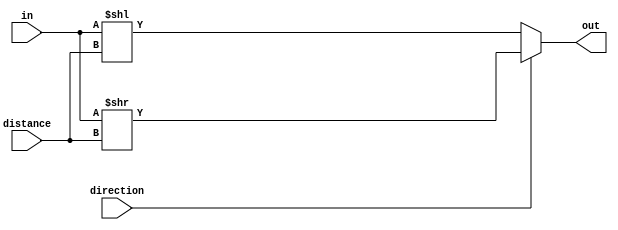
module shifter #(parameter WIDTH=5) 
(
    input  wire [WIDTH-1:0] in,
    input  wire  direction,
    input  wire [2:0] distance,
    output wire [WIDTH-1:0] out
);

	// Declarations
    wire[WIDTH-1:0] rot_left, rot_right;

	   // right rotation - >> shift
      assign rot_right = in >> distance; 
               
	   // left rotation  - << shift
	   assign rot_left = in << distance;
	   
	// Output mux logic - ternary operator
	   // tells us what direction to use
	assign out = direction ? rot_right : rot_left;
	
endmodule